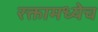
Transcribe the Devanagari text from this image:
रक्तामध्येच